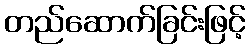
တည်ဆောက်ခြင်းဖြင့်